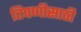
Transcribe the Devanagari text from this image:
टिपणीसाठी